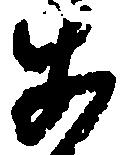
あ